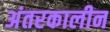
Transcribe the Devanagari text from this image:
अंतरकालीन